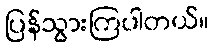
ပြန်သွားကြပါတယ်။